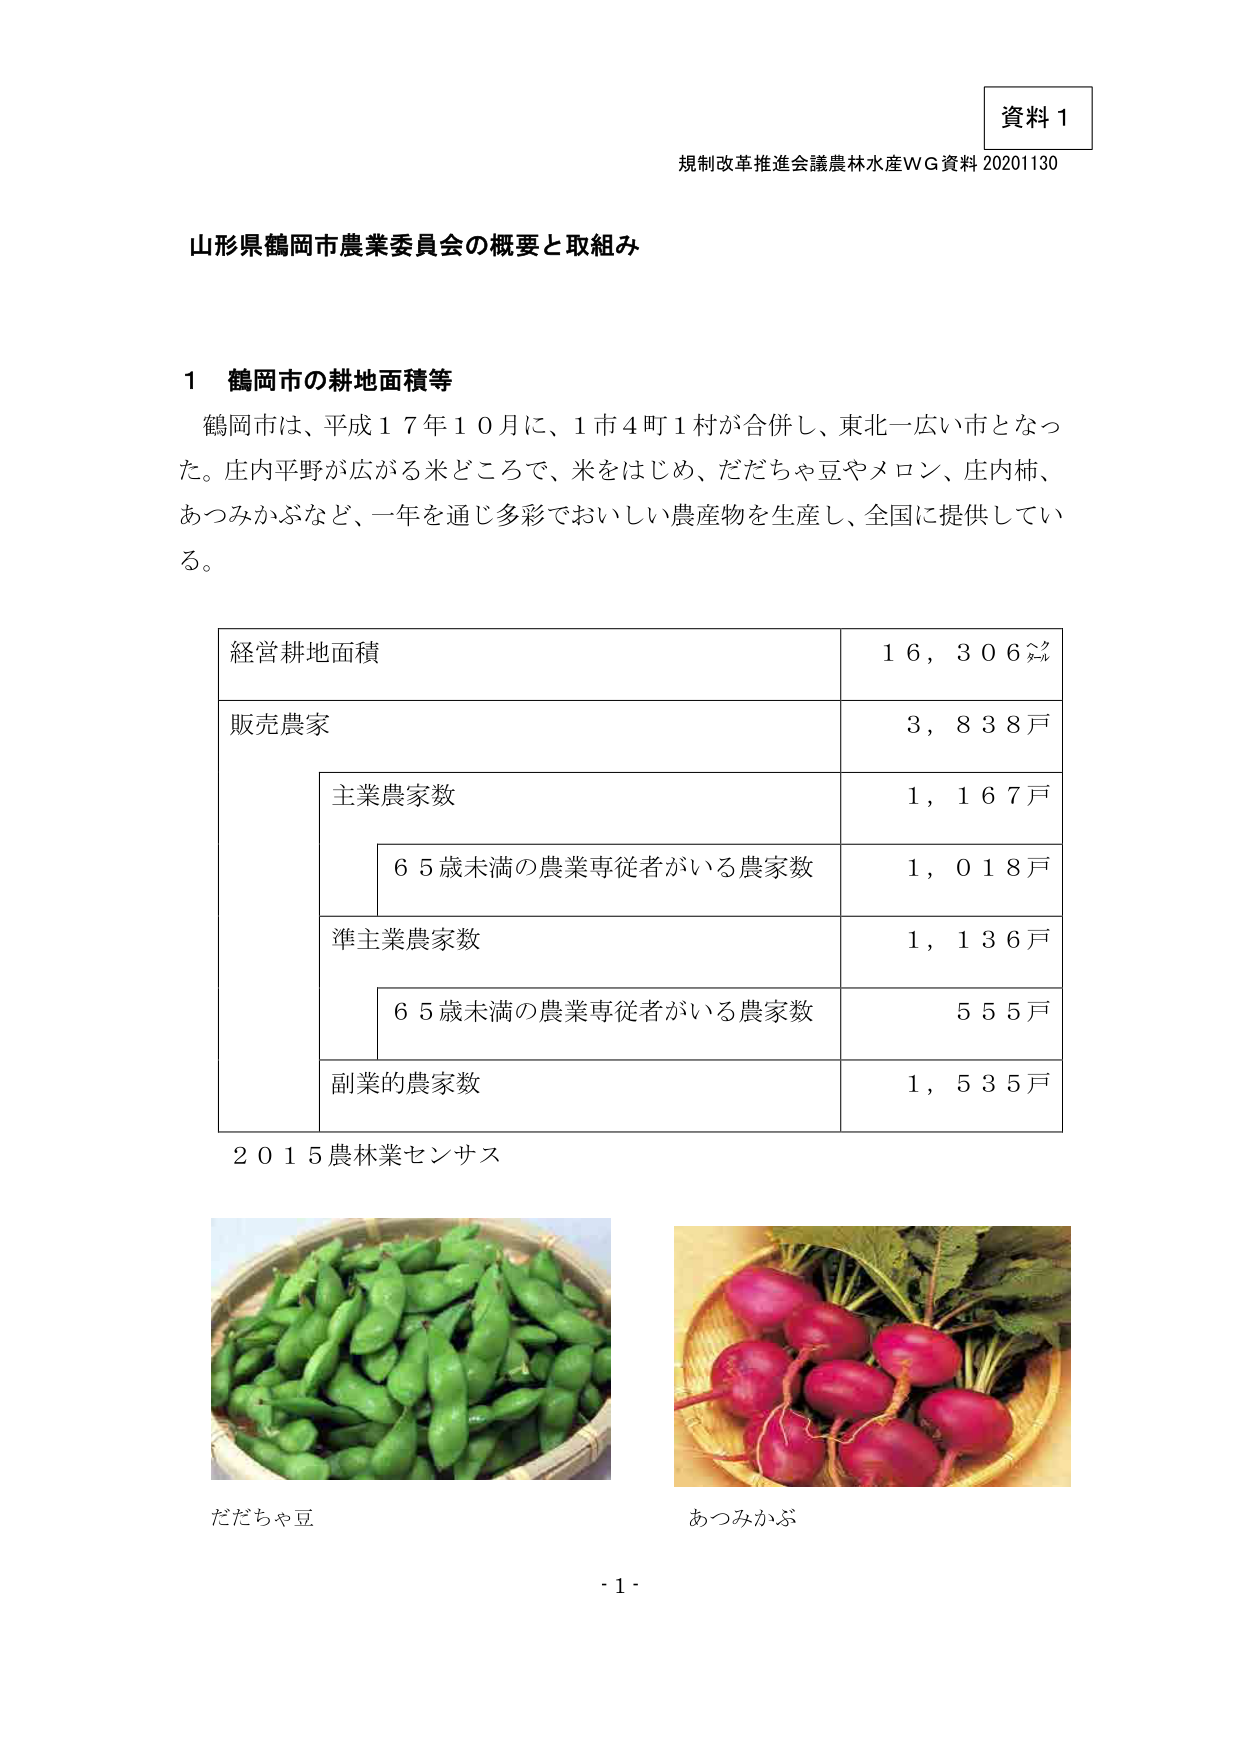
資料１
規制改革推進会議農林水産ＷＧ資料 20201130

山形県鶴岡市農業委員会の概要と取組み

１ 鶴岡市の耕地面積等
鶴岡市は、平成１７年１０月に、１市４町１村が合併し、東北一広い市となった。庄内平野が広がる米どころで、米をはじめ、だだちゃ豆やメロン、庄内柿、あつみかぶなど、一年を通じ多彩でおいしい農産物を生産し、全国に提供している。

経営耕地面積　　１６，３０６㌶
販売農家　　　　３，８３８戸
　　主業農家数　　　　１，１６７戸
　　　　６５歳未満の農業専従者がいる農家数　　１，０１８戸
　　準主業農家数　　　　１，１３６戸
　　　　６５歳未満の農業専従者がいる農家数　　５５５戸
　　副業的農家数　　　　１，５３５戸

２０１５農林業センサス

だだちゃ豆
あつみかぶ

・１・